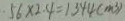
5 6 \times 2 . 4 = 1 . 3 4 4 ( m ^ { 3 } )